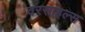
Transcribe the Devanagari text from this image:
वरसाइल्स